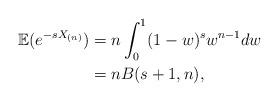
LaTeX: \begin{align*} \mathbb{E}(e^{-sX_{(n)}})&=n\int_{0}^{1}(1-w)^{s}w^{n-1}dw\\ &=nB(s+1,n),\end{align*}